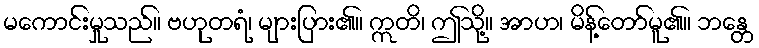
မကောင်းမှုသည်။ ဗဟုတရံ၊ များပြား၏။ ဣတိ၊ ဤသို့။ အာဟ၊ မိန့်တော်မူ၏။ ဘန္တေ